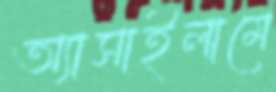
অ্যাসাইলামে